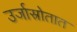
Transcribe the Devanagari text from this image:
उर्जास्रोतात